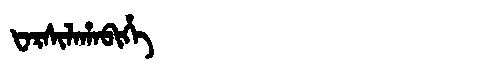
Manchu: ᡶᠠᡵᠰᡳᠯᠠᡥᠠᠪᡳᡥᡝ
Romanization: FARSILAHABIHE